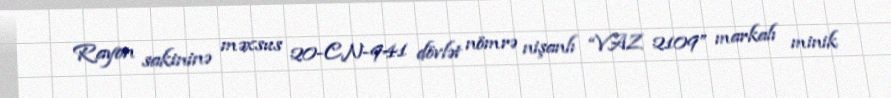
Rayon sakininə məxsus 20-CN-941 dövlət nömrə nişanlı “VAZ 2109” markalı minik